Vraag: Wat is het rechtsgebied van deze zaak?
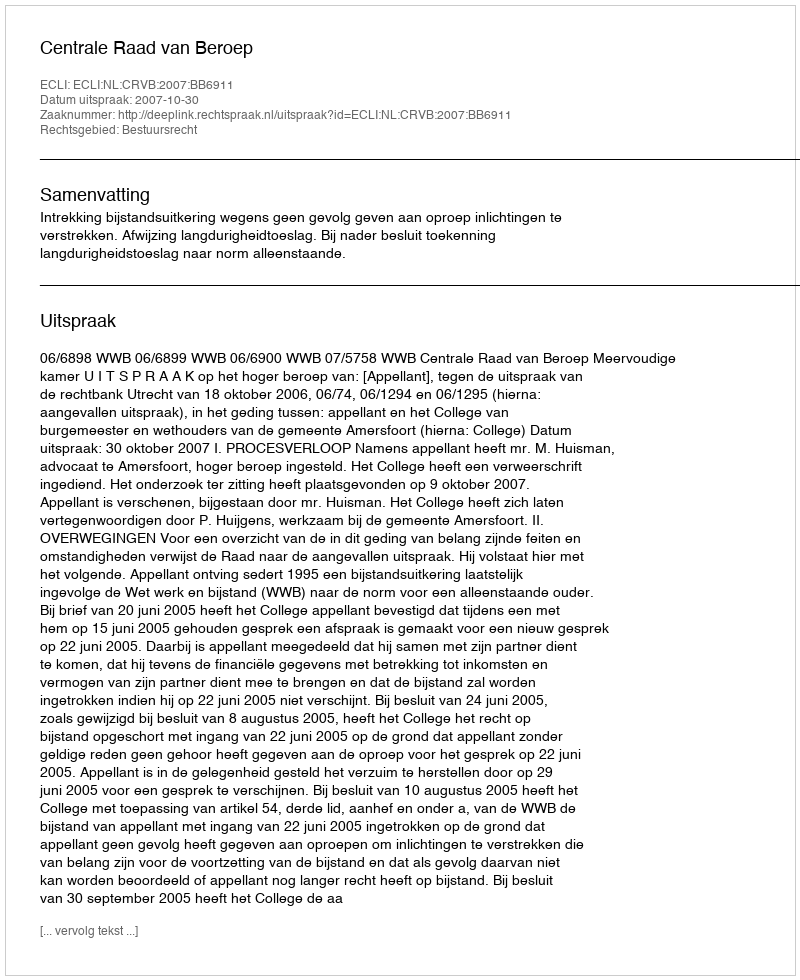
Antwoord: Bestuursrecht